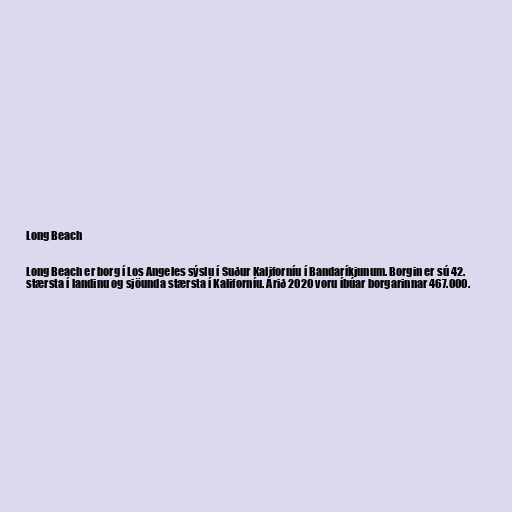
Long Beach

Long Beach er borg í Los Angeles sýslu í Suður Kaliforníu í Bandaríkjunum. Borgin er sú 42.
stærsta í landinu og sjöunda stærsta í Kaliforníu. Árið 2020 voru íbúar borgarinnar 467.000.